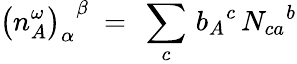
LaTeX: {\bigl(n_{A}^{\omega}\bigr)_{\alpha}}^{\beta}\ =\ \sum_{c}\, {b_{A}}^{c}\, {N_{ca}}^{b}